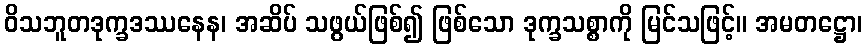
ဝိသဘူတဒုက္ခဒဿနေန၊ အဆိပ် သဖွယ်ဖြစ်၍ ဖြစ်သော ဒုက္ခသစ္စာကို မြင်သဖြင့်။ အမတဋ္ဌော၊